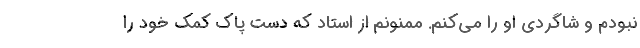
نبودم و شاگردی او را می‌کنم. ممنونم از استاد که دست پاک کمک خود را